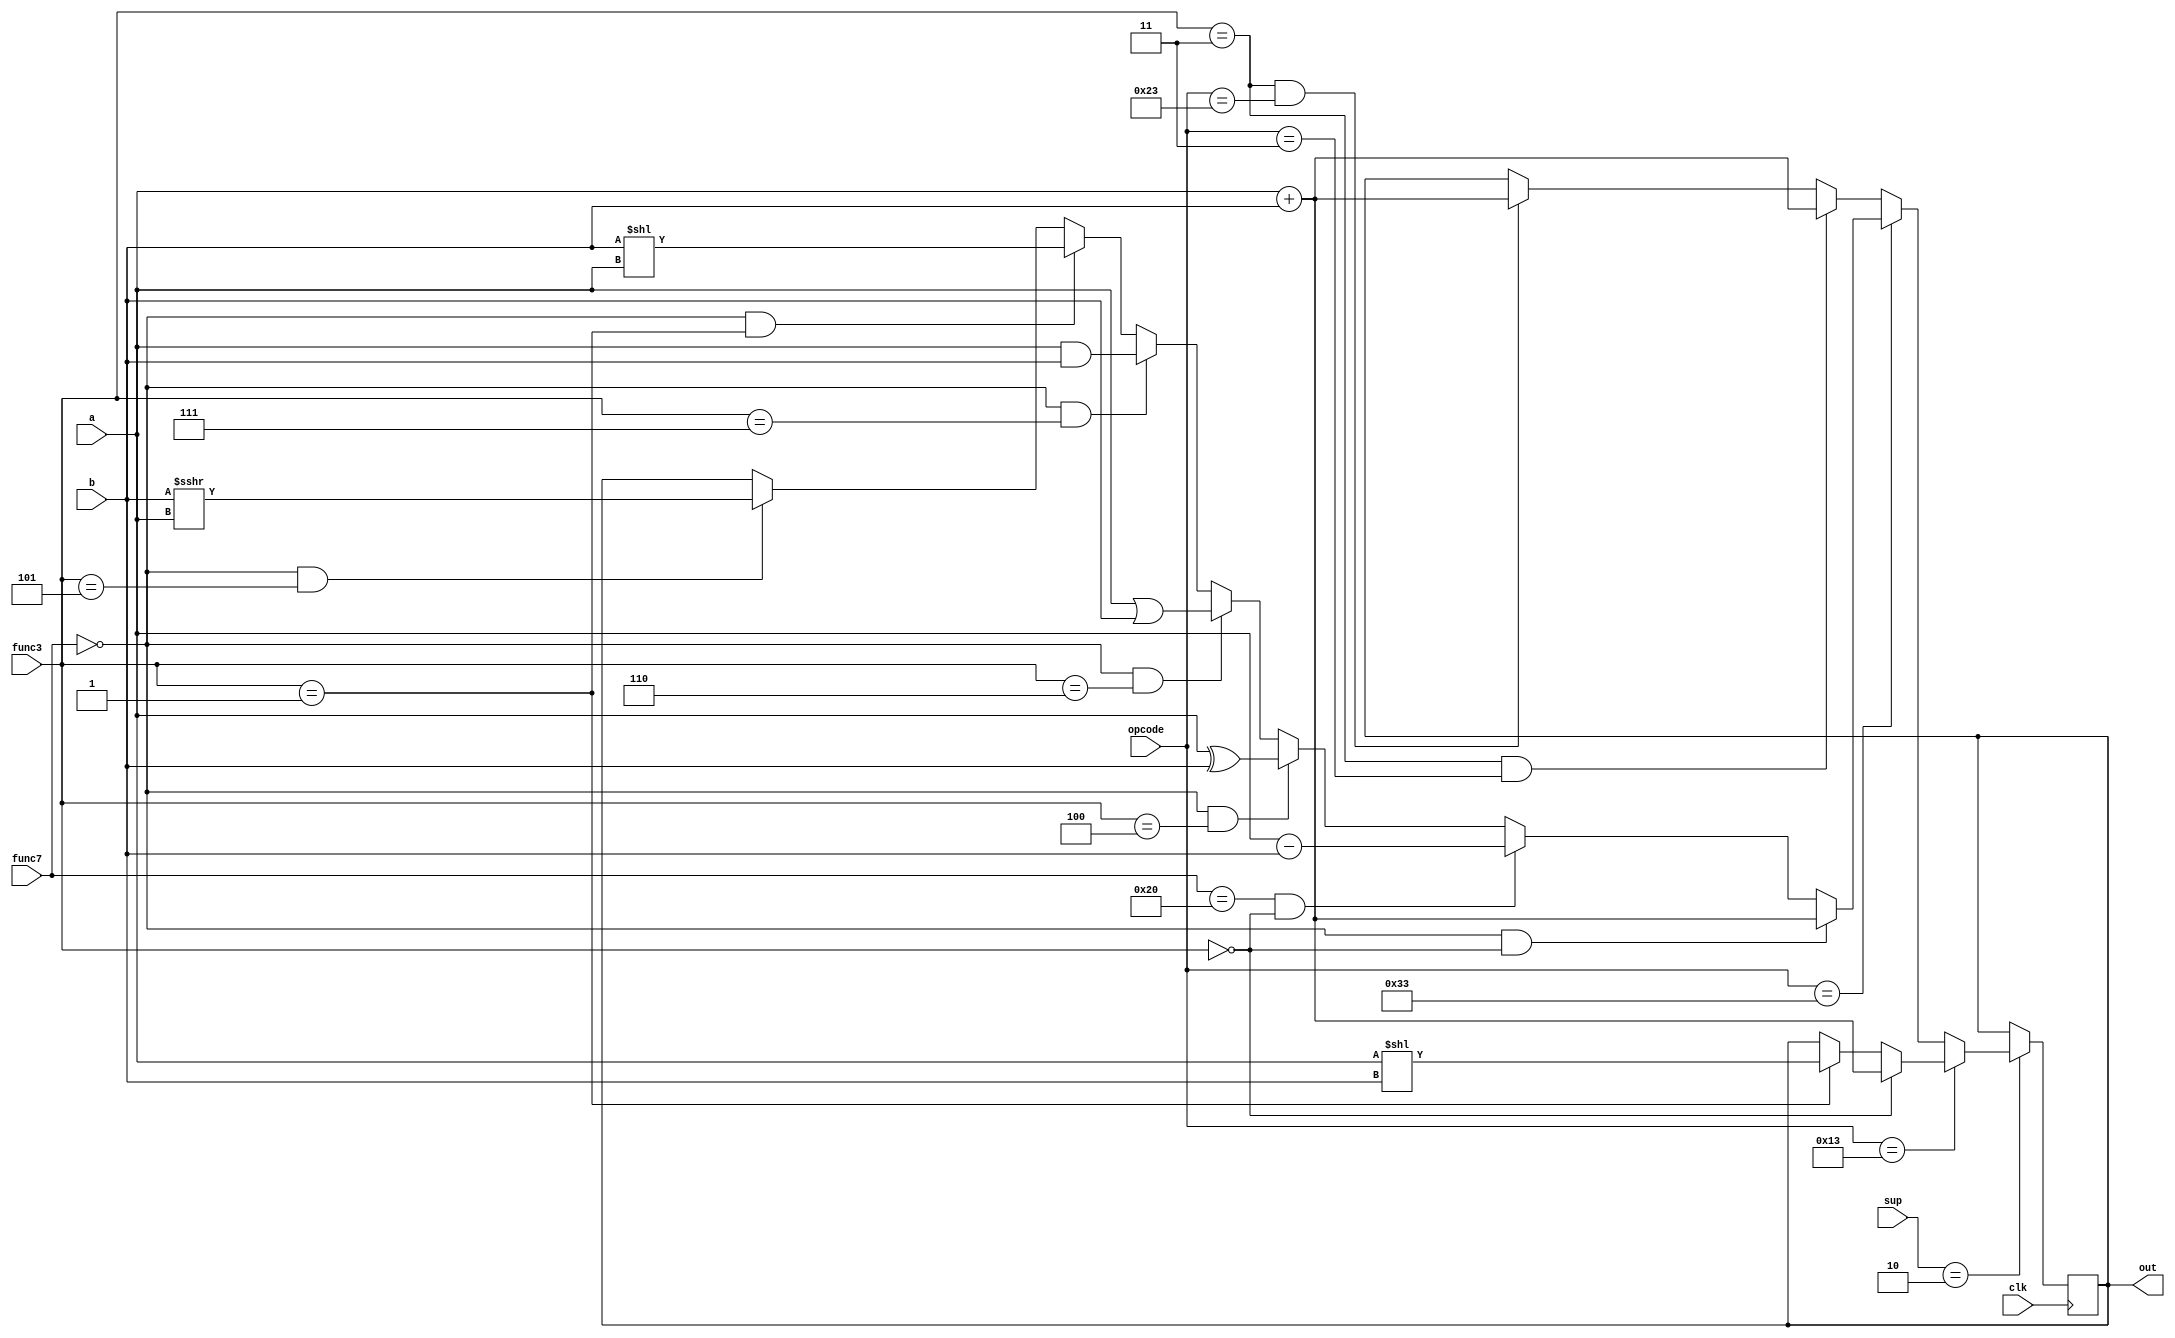
`timescale 1ns / 1ps
//////////////////////////////////////////////////////////////////////////////////
// Company: 
// Engineer: 
// 
// Design Name: 
// Module Name: tb
// Project Name: 
// Target Devices: 
// Tool Versions: 
// Description: 
// 
// Dependencies: 
// 
// Revision:
// Revision 0.01 - File Created
// Additional Comments:
// 
//////////////////////////////////////////////////////////////////////////////////

module alu(input[2:0]sup, input clk, input[6:0]func7, input [2:0]func3, input [6:0]opcode, input [63:0]a, input [63:0]b, output [63:0]out);
    reg [63:0]hold;
    always @(posedge clk)begin
        if(sup==3'b010)begin
            if(opcode==7'b0010011)begin             //itype
                if(func3==3'b000)begin
                    hold = a + b;       //addi
                end
                else if(func3==3'b001)begin
                    hold = a << b;      //slli
                end
            end
            else if(opcode==7'b0110011)begin        //rtype
                if(func7==7'b0000000 && func3==3'b000)begin
                    hold = a + b;           //add_rtype
                end
                else if(func7==7'b0100000 && func3==3'b000)begin
                    hold = a - b;           //sub_rtype
                end
                else if(func7==7'b0000000 && func3==3'b100)begin
                    hold = a^b;             //xor_rtype
                end
                else if(func7==7'b0000000 && func3==3'b110)begin
                    hold = a | b;           //or_rtype
                end
                else if(func7==7'b0000000 && func3==3'b111)begin
                    hold = a & b;           //and_rtype
                end
                else if(func7==7'b0000000 && func3==3'b001)begin
                    hold = b << a;          //sll_rtype
                end
                else if(func7==7'b0000000 && func3==3'b101)begin
                    hold = b >>> a;         //sra_rtype
                end
            end
            else if(func3==3'b011 && opcode==7'b0000011)begin
                hold = a + b;                       //load
            end
            else if(func3==3'b011 && opcode==7'b0100011)begin
                hold = a + b;                       //store
            end
        end
    end
    assign out = hold; 
endmodule